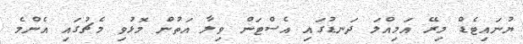
ޔުނައިޓެޑް މިރޭ އަމިއްލަ ދަނޑުގައި އެސްޓަން ވިލާ އަތުން މޮޅުވި މެޗުގައި އެންމެ